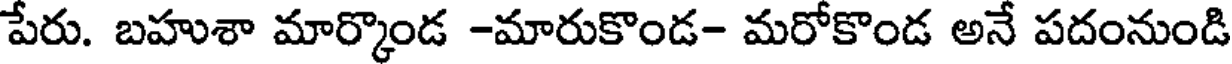
పేరు. బహుశా మార్కొండ -మారుకొండ- మరోకొండ అనే పదంనుండి